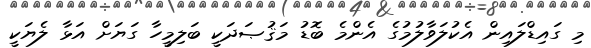
މި ގައިޑްލައިން އެކުލަވާލުމުގެ އެންމެ ބޮޑު މަޤުޞަދަކީ ބަލިމީހާ ގަޔަށް އަޅާ ލެޔަކީ